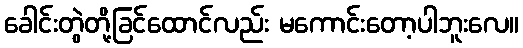
ခေါင်းတွဲတို့ခြင်ထောင်လည်း မကောင်းတော့ပါဘူးလေ။